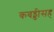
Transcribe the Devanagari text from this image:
कबड्डीसह